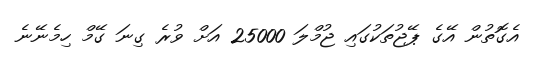
އެގޮތުން އޭގެ ޕޭޖުތަކުގައި ޖުމްލަ 25000 އަށް ވުރެ ގިނަ ގޭމް ހިމެނޭނެ